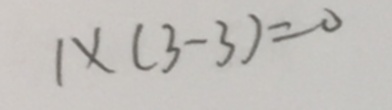
1 \times ( 3 - 3 ) = 0